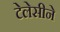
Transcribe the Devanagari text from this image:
टेलेसीने